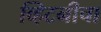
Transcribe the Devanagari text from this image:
व्हिटनीचा